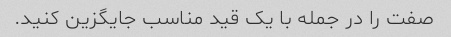
صفت را در جمله با یک قید مناسب جایگزین کنید.